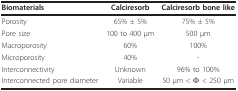
<table><thead><tr><td><b>Biomaterials</b></td><td><b>Calciresorb</b></td><td><b>Calciresorb bone like</b></td></tr></thead><tbody><tr><td>Porosity</td><td>65% ± 5%</td><td>75% ± 5%</td></tr><tr><td>Pore size</td><td>100 to 400 μm</td><td>500 μm</td></tr><tr><td>Macroporosity</td><td>60%</td><td>100%</td></tr><tr><td>Microporosity</td><td>40%</td><td>-</td></tr><tr><td>Interconnectivity</td><td>Unknown</td><td>96% to 100%</td></tr><tr><td>Interconnected pore diameter</td><td>Variable</td><td>50 μm &lt; Φ &lt; 250 μm</td></tr></tbody></table>